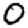
Digit: 0